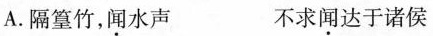
A.隔篁竹，\underset{·}{闻}水声 不求\underset{·}{闻}达于诸侯